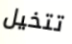
تتخيل